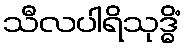
သီလပါရိသုဒ္ဓိံ